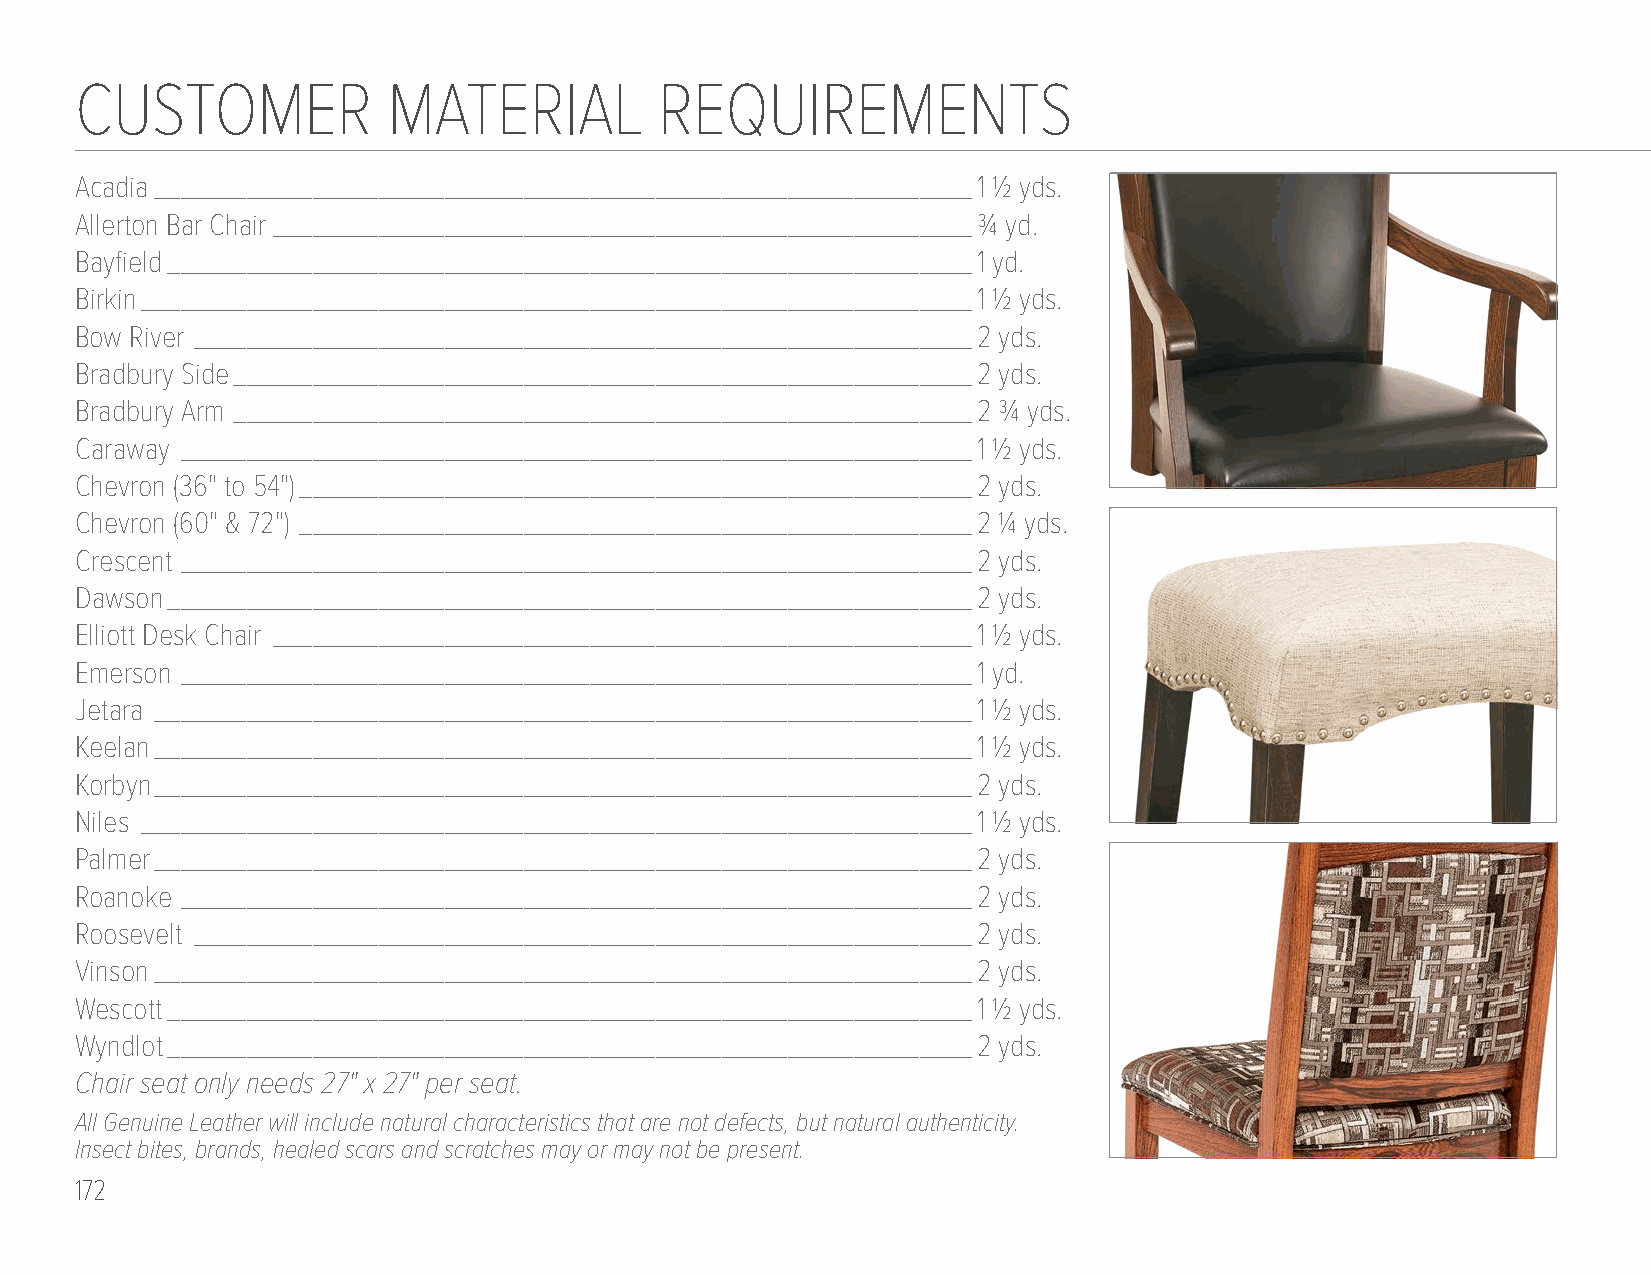
CUSTOMER             MATERIAL          REQUIREMENTS
 Acadia ______________________________________________________________1 1/2 yds.
 Allerton Bar Chair _____________________________________________________3/4 yd.
 Bayfield _____________________________________________________________1 yd.
 Birkin _______________________________________________________________1 1/2 yds.
 Bow River ___________________________________________________________2 yds.
 Bradbury Side ________________________________________________________2 yds.
 Bradbury Arm ________________________________________________________2 3/4 yds.
 Caraway ____________________________________________________________1 1/2 yds.
 Chevron (36" to 54") ___________________________________________________2 yds.
 Chevron (60" & 72") ___________________________________________________2 1/4 yds.
 Crescent ____________________________________________________________2 yds.
 Dawson _____________________________________________________________2 yds.
 Elliott Desk Chair _____________________________________________________1 1/2 yds.
 Emerson ____________________________________________________________1 yd.
 Jetara ______________________________________________________________1 1/2 yds.
 Keelan ______________________________________________________________1 1/2 yds.
 Korbyn ______________________________________________________________2 yds.
 Niles _______________________________________________________________1 1/2 yds.
 Palmer ______________________________________________________________2 yds.
 Roanoke ____________________________________________________________2 yds.
 Roosevelt ___________________________________________________________2 yds.
 Vinson ______________________________________________________________2 yds.
 Wescott _____________________________________________________________1 1/2 yds.
 Wyndlot _____________________________________________________________2 yds.
 Chair seat only needs 27" x 27" per seat.
 All Genuine Leather will include natural characteristics that are not defects, but natural authenticity.
 Insect bites, brands, healed scars and scratches may or may not be present.
 172